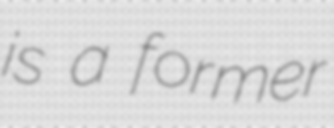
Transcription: is a former